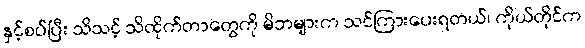
နှင့်စပ်ပြီး သိသင့် သိထိုက်တာတွေကို မိဘများက သင်ကြားပေးရတယ်၊ ကိုယ်တိုင်က